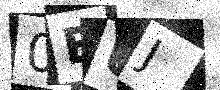
Text: 0EUJ